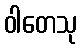
ဝါတေသု